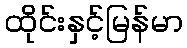
ထိုင်းနှင့်မြန်မာ